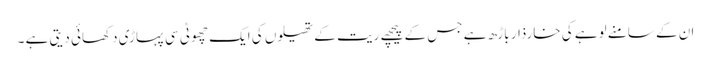
ان کے سامنے لوہے کی خارذار باڑھ ہے جس کے پیچھے ریت کے تھیلوں کی ایک چھوٹی سی پہاڑی دکھائی دیتی ہے ۔